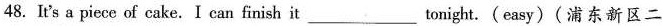
48.Ir's a piece of cake.I can fimish it___tonight.(easy)(浦东新区二